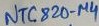
Text: NTC820-µ4